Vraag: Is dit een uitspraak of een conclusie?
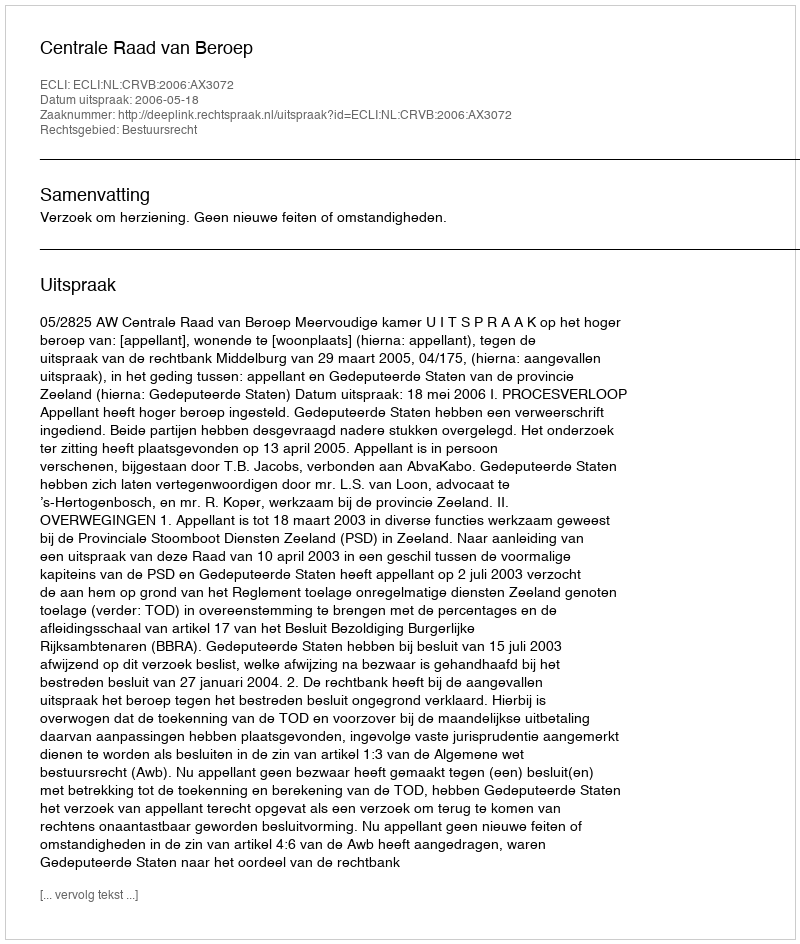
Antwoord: Uitspraak